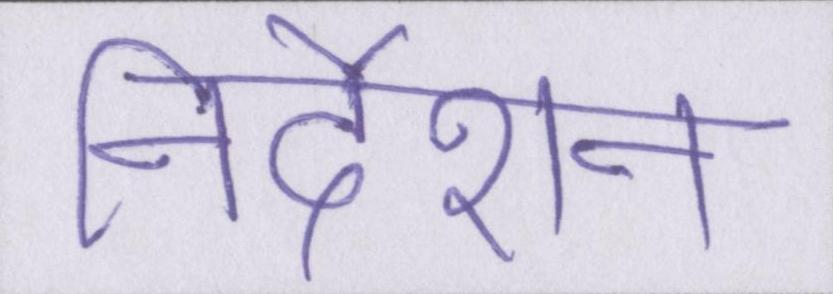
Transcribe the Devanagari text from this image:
निर्देशन